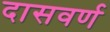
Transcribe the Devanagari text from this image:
दासवर्ण